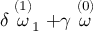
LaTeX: \delta \stackrel { ( 1 ) } { \omega } _ { 1 } + \gamma \stackrel { ( 0 ) } { \omega }